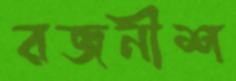
রজনীশ